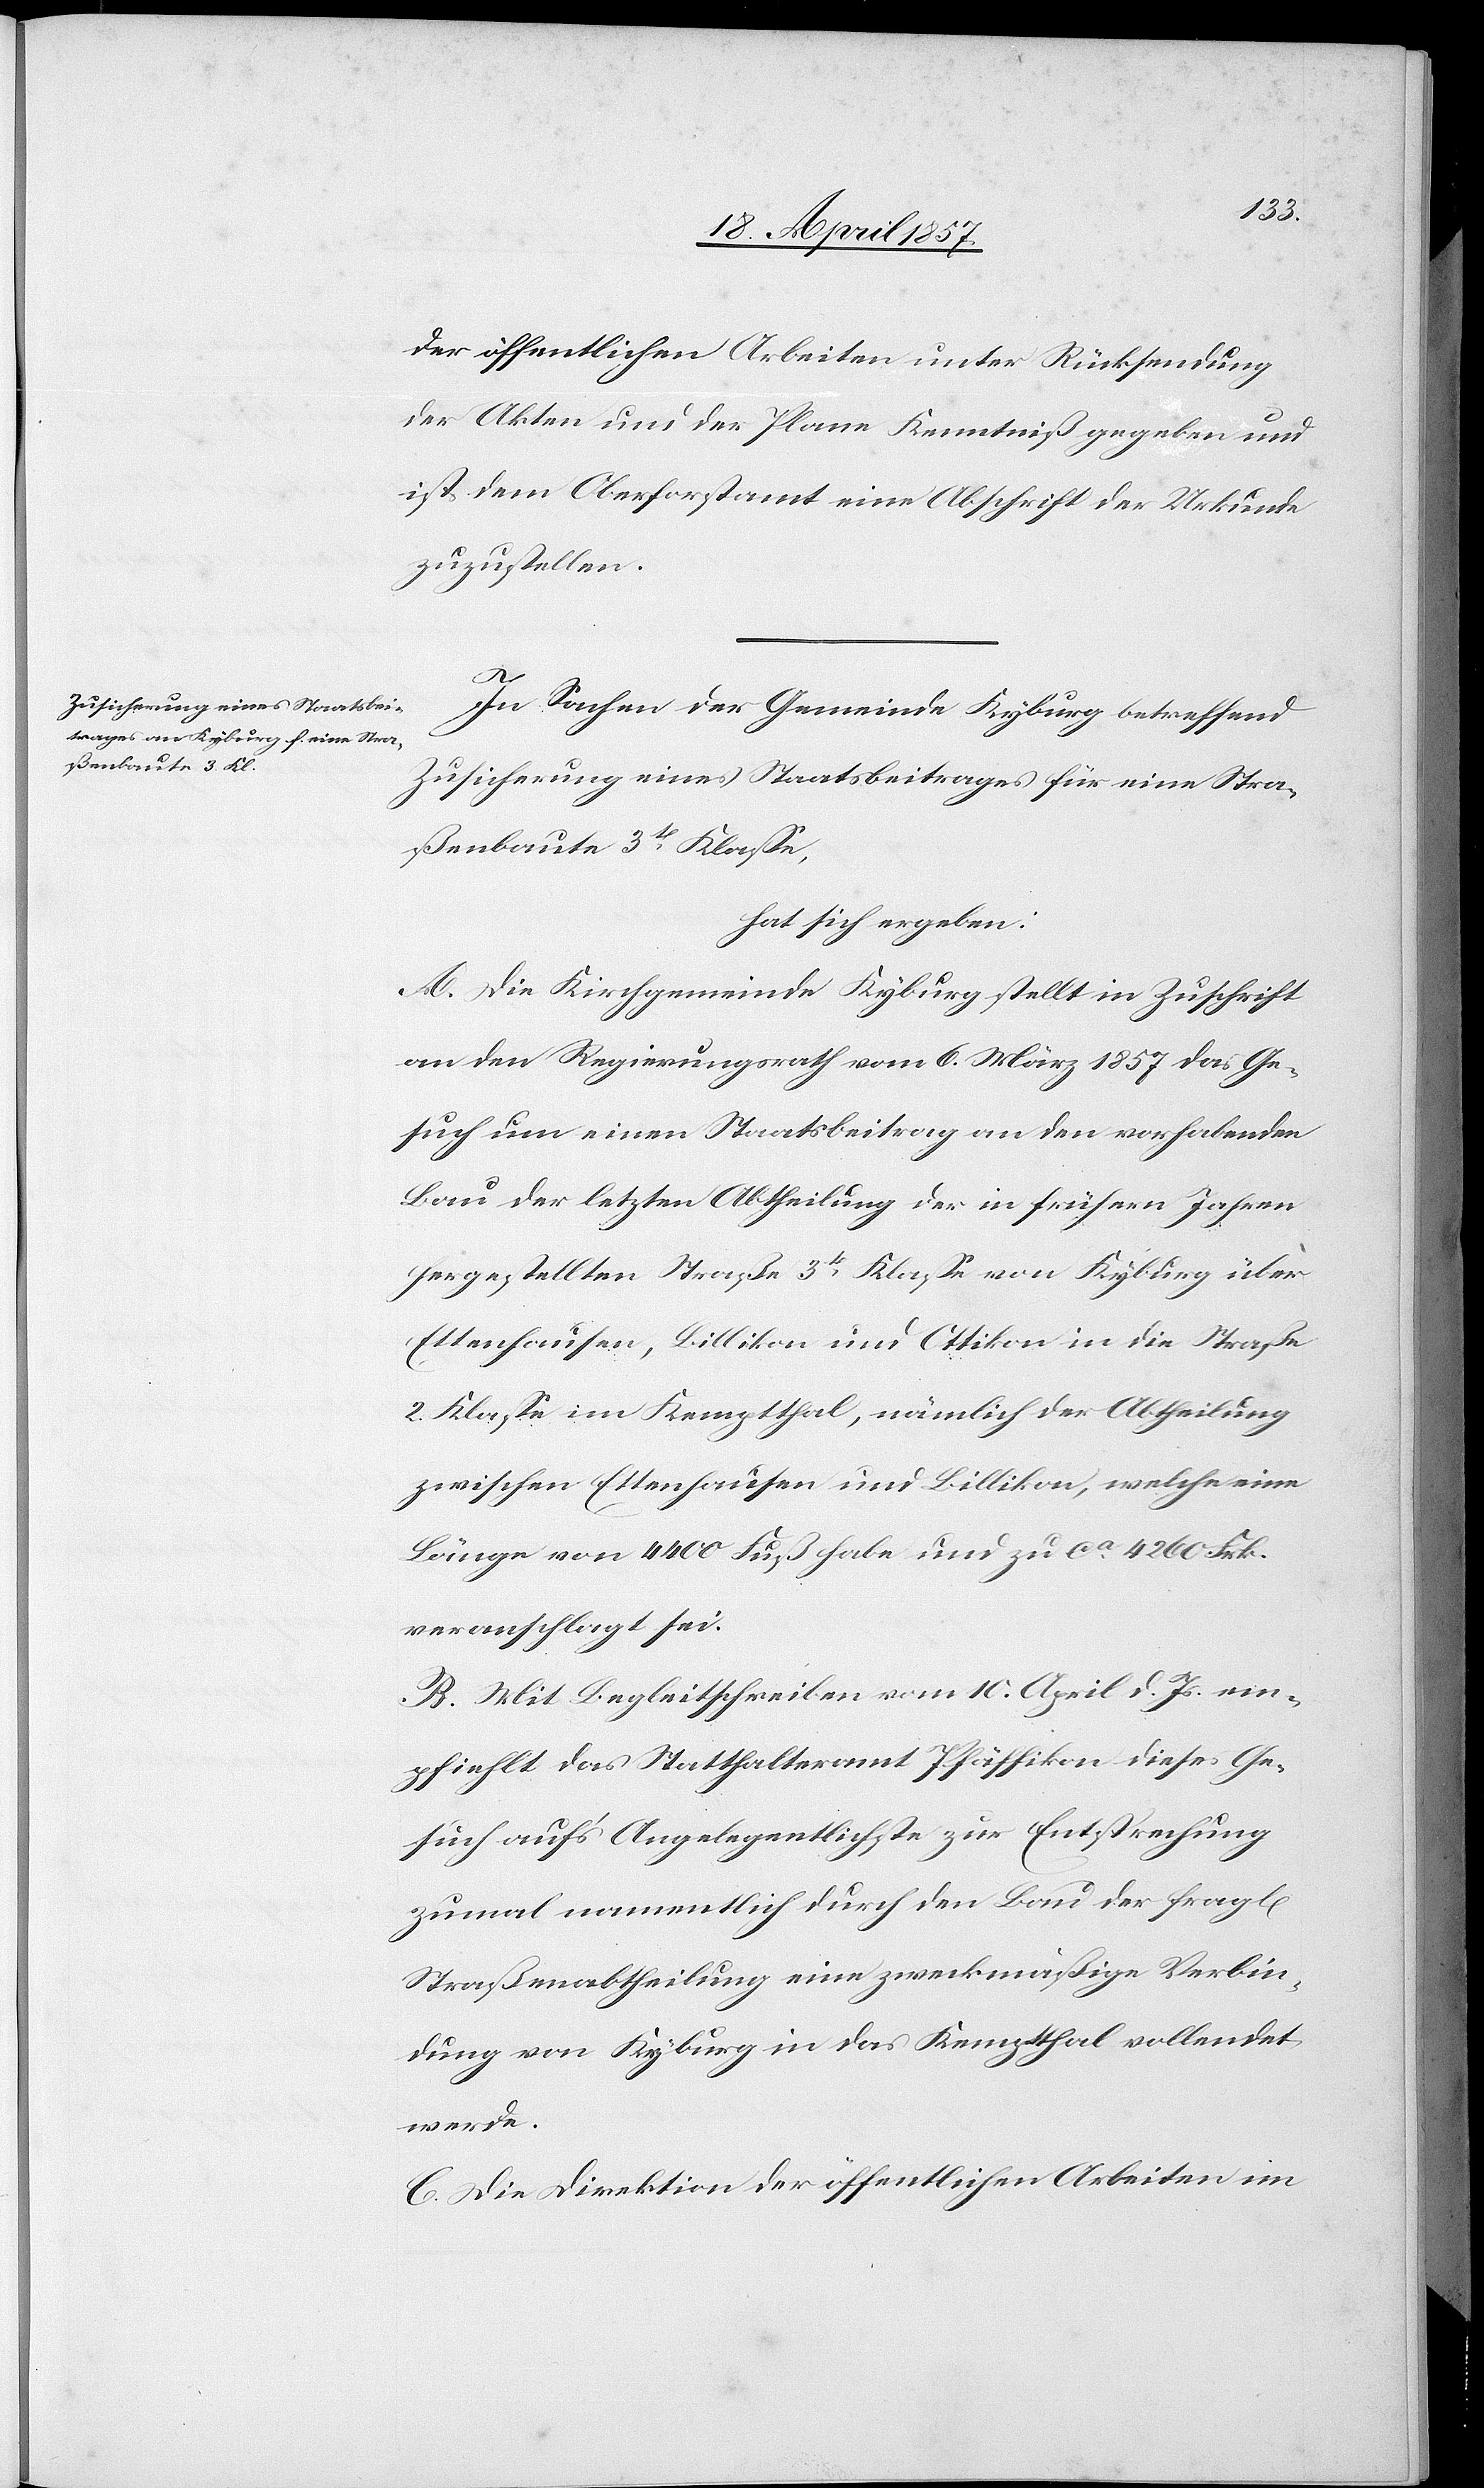
der öffentlichen Arbeiten unter Rücksendung
der Akten und der Plane Kenntniß gegeben und
ist dem Oberforstamt eine Abschrift der Urkunde
zuzustellen.
chen]
In Sachen der Gemeinde Kyburg betreffend
Zusicherung eines Staatsbeitrages für eine Stra¬
ßenbaute 3t Klasse,
hat sich ergeben:
A. Die Kirchgemeinde Kyburg stellt in Zuschrift
an den Regierungsrath vom 6. März 1857 das Ge¬
such um einen Staatsbeitrag an den vorhabenden
Bau der letzten Abtheilung der in frühern Jahren
hergestellten Straße 3t Klasse von Kyburg über
Ettenhausen, Billikon und Ottikon in die Straße
2. Klasse im Kemptthal, nämlich der Abtheilung
zwischen Ettenhausen und Billikon, welche eine
Länge von 4400 Fuß habe und zu ca 4260 Frk.
veranschlagt sei.
B. Mit Begleitschreiben vom 10. April d. Js. em¬
pfiehlt das Statthalteramt Pfäffikon dieses Ge¬
such auf's Angelegentlichste zur Entsprechung
zumal namentlich durch den Bau der fragl[i¬
Straßenabtheilung eine zweckmäßige Verbin¬
dung von Kyburg in das Kemptthal vollendet
werde.
C. Die Direktion der öffentlichen Arbeiten im